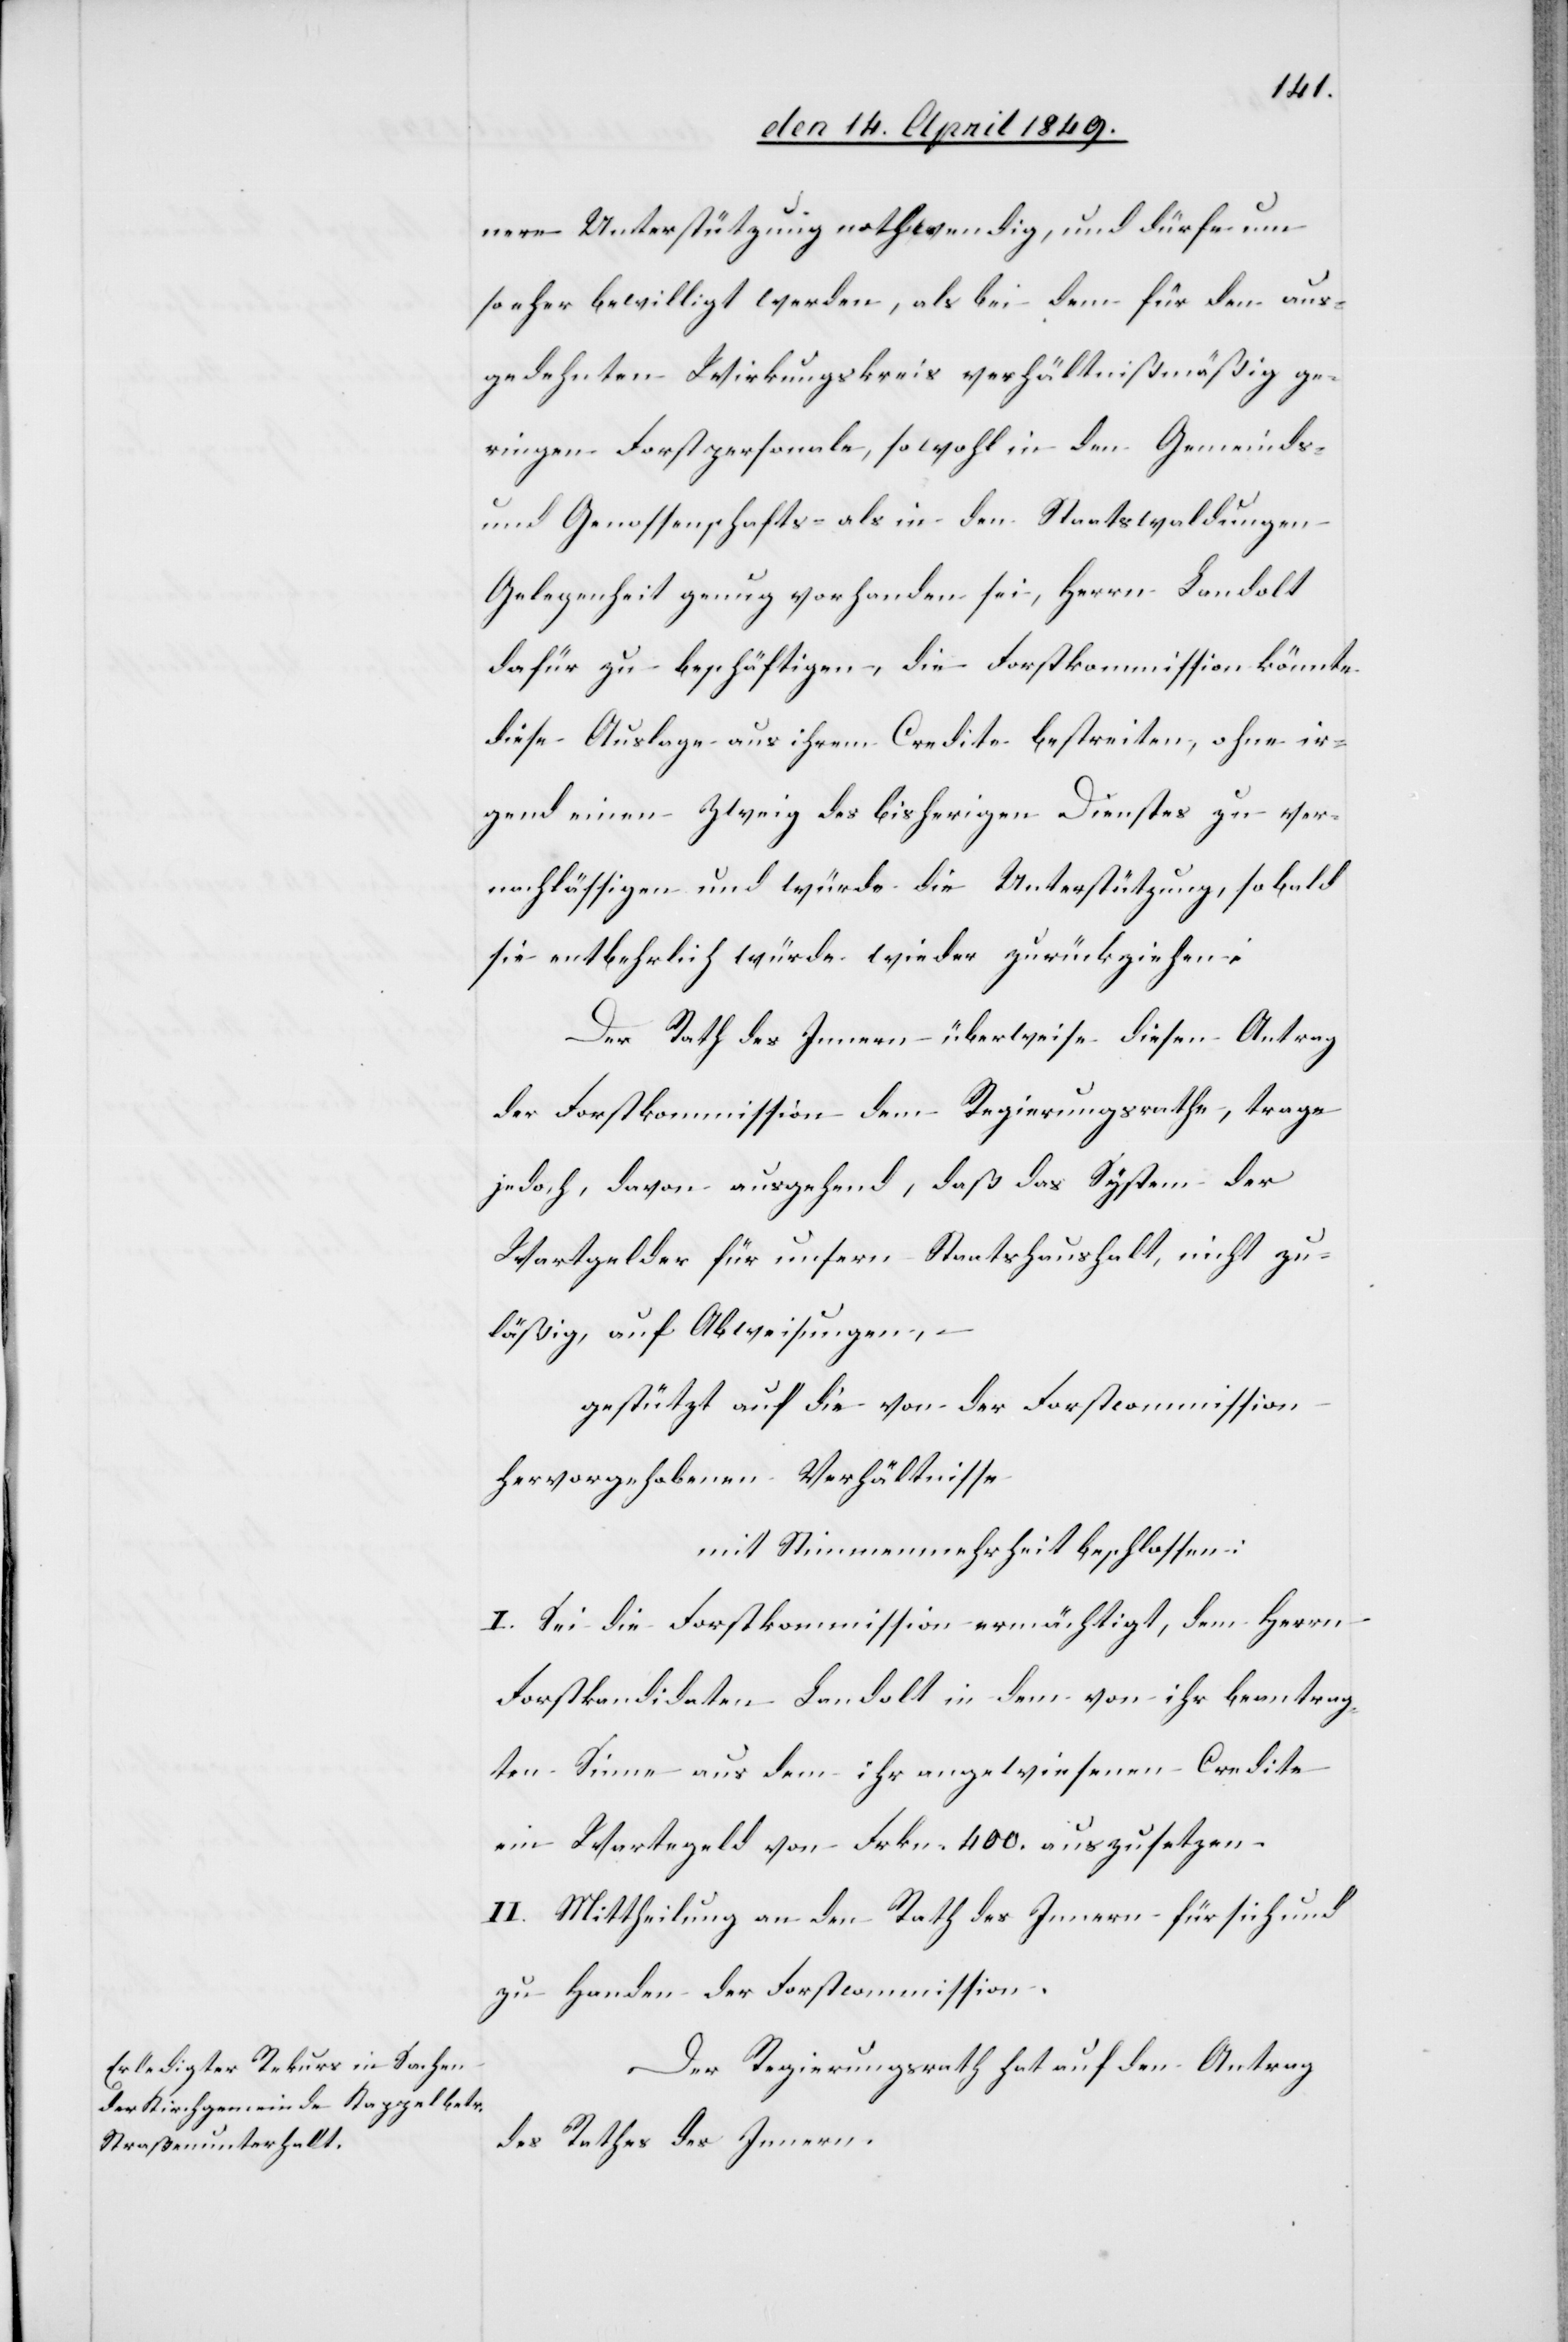
nere Unterstützung nothwendig, und dürfe um
so eher bewilligt werden, als bei dem für den aus¬
gedehnten Wirkungskreis verhältnißmäßig ge¬
ringen Forstpersonale, sowohl in den Gemeinds-
und Genossenschafts- als in den Staatswaldungen
Gelegenheit genug vorhanden sei, Herrn Landolt
dafür zu beschäftigen, die Forstkommission könnte
diese Auslage aus ihrem Credite bestreiten, ohne ir¬
gend einen Zweig des bisherigen Dienstes zu ver¬
nachlässigen und würde die Unterstützung, sobald
sie entbehrlich würde wieder zurückziehen:
Der Rath des Innern überweise diesen Antrag
der Forstkommission dem Regierungsrathe, trage
jedoch davon ausgehend, daß das System der
Wartgelder für unsern Staatshaushalt, nicht zu¬
läßig, auf Abweisungen,
gestützt auf die von der Forstcommission
hervorgehobenen Verhältnisse
mit Stimmenmehrheit beschlossen:
I. Sei die Forstkommission ermächtigt, dem Herrn
Forstkandidaten Landolt in dem von ihr beantrag¬
ten Sinne aus dem ihr angewiesenen Credite
ein Wartegeld von Frkn. 400. auszusetzen.
II. Mittheilung an den Rath des Innern für sich und
zu Handen der Forstcommission.
Der Regierungsrath hat auf den Antrag
des Rathes des Innern,